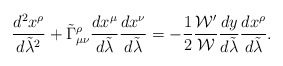
\begin{align*}{{d^2x^{\rho}}\over{d\tilde{\lambda}^2}}+\tilde{\Gamma}^{\rho}_{\mu\nu}{{dx^{\mu}}\over{d\tilde{\lambda}}}{{dx^{\nu}}\over{d\tilde{\lambda}}}=-{1\over 2}{{{\cal W}^{\prime}}\over{\cal W}}{{dy}\over{d\tilde{\lambda}}}{{dx^{\rho}}\over{d\tilde{\lambda}}}.\end{align*}